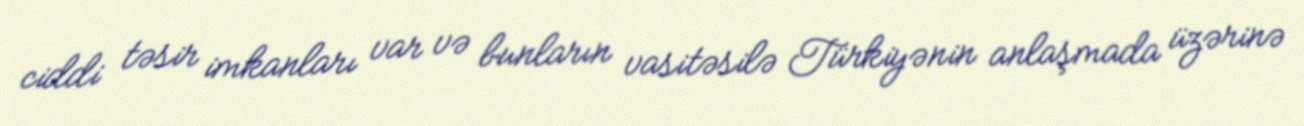
ciddi təsir imkanları var və bunların vasitəsilə Türkiyənin anlaşmada üzərinə